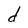
Character: d